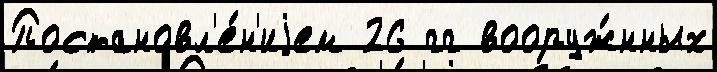
Постановл'е́н'иjем 26 гг вооруж́нных